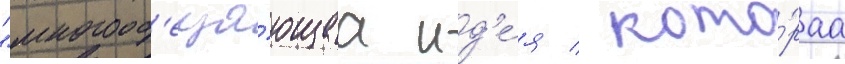
"многооб'еща́ющаа ид'е́я / кото́раа